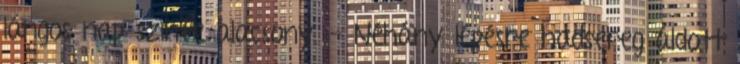
lángos nap szinte alacsony. - Néhány lépésre hadsereg áldott